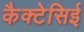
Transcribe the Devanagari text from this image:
कैक्टेसिई